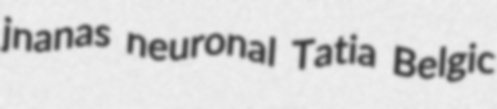
jnanas neuronal Tatia Belgic